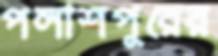
পলাশপুরের